Vaccine operations Central Provinces 1900-1911 - 1900-1911
Year: 1900
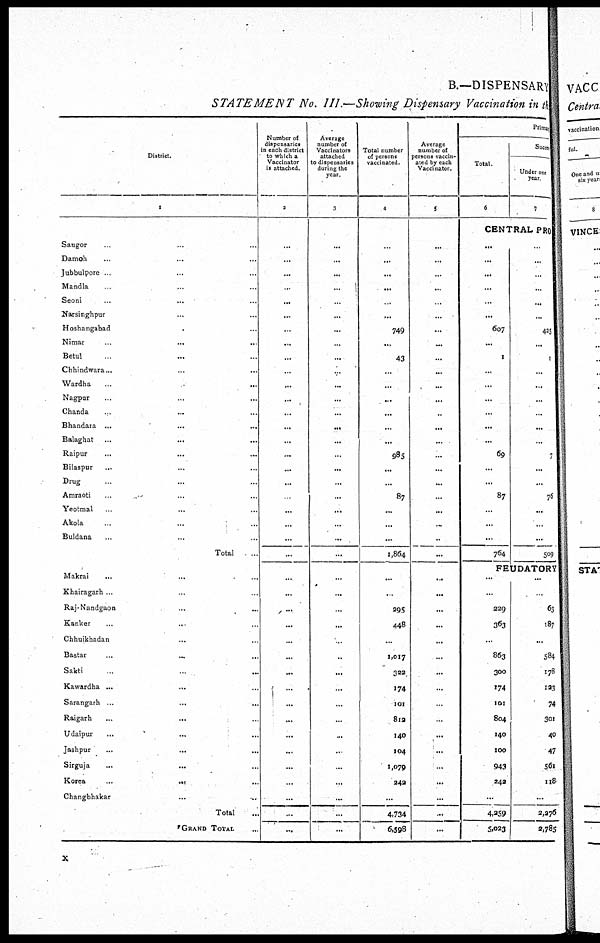
B.—DISPENSARY
STATEMENT No. III.—Showing Dispensary Vaccination in the
District.
1
Saugor ... ...
Damoh ... ...
Jubbulpore ... ...
Mandla ... ...
Seoni ... ...
Narsinghpur ...
Hoshangabad ...
Nimar ... ...
Betul ... ...
Chhindwara...
..
...
Wardha
...
...
Nagpur ... ...
Chanda ... ...
Bhandata ...
...
...
Balaghat ... ...
Raipur ... ...
Bilaspur ... ...
Drug ... ...
Amraoti ... ...
Yeotmal ... ...
Akola ... ...
Buldana ... ...
Total ...
Makrai
... ...
Khairagarh ... ...
Raj-Nandgaon ...
Kanker ... ...
Chhuikhadan ...
Bastar ... ...
Sakti ... ...
Kawardha ...
...
Sarangarh ...
...
...
Raigarh
...
...
Udaipur ... ...
Jashpur
...
...
Sirguja
...
...
Korea...
...
...
Changbhakar
...
...
Total ...
GRAND TOTAL ...
Number of
dispensaries
in each district
to which a
Vaccinator
is attached.
2
...
...
...
...
...
...
...
...
...
...
...
...
...
...
...
...
...
...
...
...
...
...
...
...
...
...
...
...
...
...
...
...
...
...
...
...
...
...
...
...
Average
number of
Vaccinators
attached
to dispensaries
during the
year
3
...
...
...
...
...
...
...
...
...
...
...
...
...
...
...
...
...
...
...
...
...
...
...
...
...
...
...
...
..
...
...
...
...
...
...
...
...
...
...
...
Total number
of persons
vaccinated.
4
...
...
...
...
...
...
749
...
43
...
...
...
...
...
...
985
...
...
87
...
...
...
1,864
...
...
295
448
...
1,017
322
174
101
812
140
104
1,079
242
...
4,734
6,598
Average
number of
persons vaccin-
ated by each
Vaccinator.
5
...
...
...
...
...
...
...
...
...
...
...
...
...
...
...
...
...
...
...
...
...
...
...
...
...
...
...
...
...
...
...
...
...
...
...
...
...
...
...
...
Primary
Total.
6
Succes
Under one
year.
7
CENTRAL PRO
...
...
...
...
...
...
607
...
1
...
...
...
...
...
...
69
...
...
87
...
...
...
764
...
...
...
...
...
...
425
...
1
...
...
...
...
...
...
7
...
...
76
...
...
...
509
FEUDATORY
...
...
229
363
...
863
300
174
101
804
140
100
943
243
...
4,259
5,023
...
...
63
187
...
584
178
123
74
301
40
47
561
118
...
2,276
2,785
x